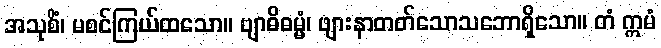
အသုစိံ၊ မစင်ကြယ်ထသော။ ဗျာဓိဓမ္မံ၊ ဖျားနာတတ်သောသဘောရှိသော။ တံ ဣမံ